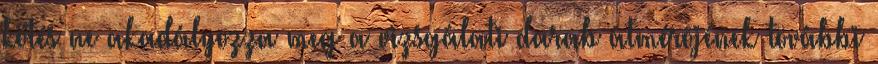
kötés ne akadályozza meg a vizsgálati darab átmérõjének további